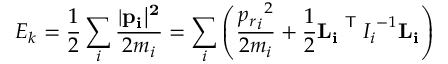
E _ { k } = { \frac { 1 } { 2 } } \sum _ { i } { \frac { | { \bf { { p } _ { i } | ^ { 2 } } } } { 2 m _ { i } } } = \sum _ { i } \left( { \frac { { { p _ { r } } _ { i } } ^ { 2 } } { 2 m _ { i } } } + { \frac { 1 } { 2 } } { \bf { { L } _ { i } } } ^ { \textsf { T } } { I _ { i } } ^ { - 1 } { \bf { { L } _ { i } } } \right)